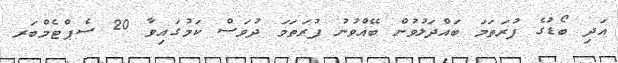
އަދި ބޯޑުގެ ފުރަތަމަ ބައްދަލުވުން ބޭއްވުނު ފުރަތަމަ ދުވަސް ކަމުގައިވާ 20 ސެޕްޓެމްބަރ